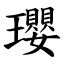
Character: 瓔